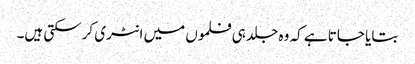
بتایا جاتا ہے کہ وہ جلد ہی فلموں میں انٹری کرسکتی ہیں۔